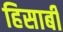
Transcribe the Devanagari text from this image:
हिसाबी